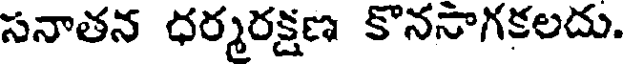
సనాతన ధర్మరక్షణ కొననాగకలదు.